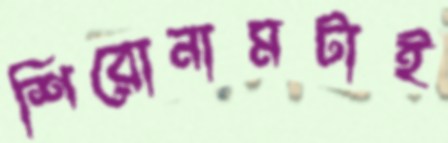
শিরোনামটাই